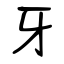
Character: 牙